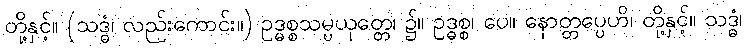
တို့နှင့်။ (သဒ္ဓံ၊ လည်းကောင်း။) ဥဒ္ဓစ္စသမ္ပယုတ္တေ၊ ၌။ ဥဒ္ဓစ္စ၊ ပေ။ နောတ္တပ္ပေဟိ၊ တို့နှင့်။ သဒ္ဓံ၊